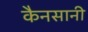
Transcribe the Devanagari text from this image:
कैनसानी